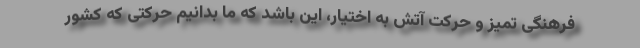
فرهنگی تمیز و حرکت آتش به اختیار، این باشد که ما بدانیم حرکتی که کشور